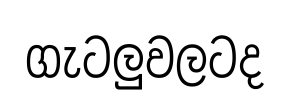
ගැටලුවලටද